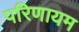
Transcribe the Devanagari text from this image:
परिणायम